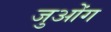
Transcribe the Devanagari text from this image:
जुओंग